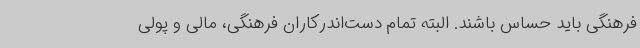
فرهنگی باید حساس باشند. البته تمام دست‌اندرکاران فرهنگی، مالی و پولی